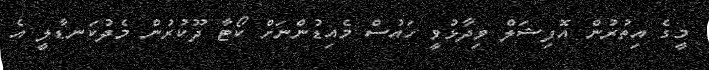
މީގެ އިތުރުން އޮފިޝަލް ވިދާޅުވީ ހައުސް މެއިޑުންނަށް ކޯޓާ ދޫކުރުން މެދުކަނޑާލީ އެ